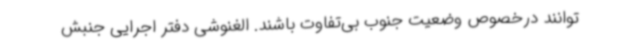
توانند درخصوص وضعیت جنوب بی‌تفاوت باشند. الغنوشی دفتر اجرایی جنبش